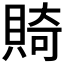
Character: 𬥛